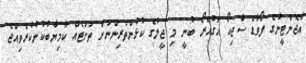
އާޖެންޓީނާގެ ފޯވާޑް ސާޖިއޯ އަގުއޭރޯ ބުނީ މި ޖީލުގެ ކުޅުންތެރިންނަށް ތަށްޓެއް ކާމިޔާބުކުނުކުރެވިއްޖެ